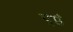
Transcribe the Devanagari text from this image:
पृष्ठं